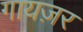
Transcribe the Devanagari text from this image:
गायज़र